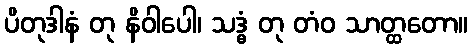
ပိတုဒါနံ တု နိဝါပေါ၊ သဒ္ဓံ တု တံဝ သာတ္ထတော။